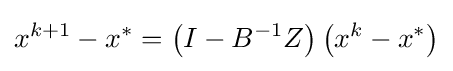
x^{k+1}-x^{*}=\left(I-B^{-1}Z\right)\left(x^{k}-x^{*}\right)